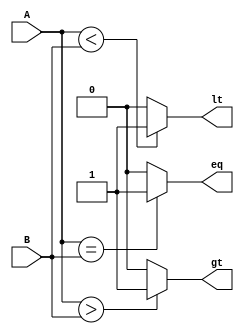
module comparator(
    input [15:0] A,
    input [15:0] B,
    output reg gt, // A > B
    output reg eq, // A = B
    output reg lt  // A < B
    );

    assign gt = (A > B) ? 1'b1 : 1'b0;
    assign eq = (A == B) ? 1'b1 : 1'b0;
    assign lt = (A < B) ? 1'b1 : 1'b0;

endmodule